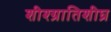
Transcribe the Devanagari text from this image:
शीश्ग्रातिशीघ्र